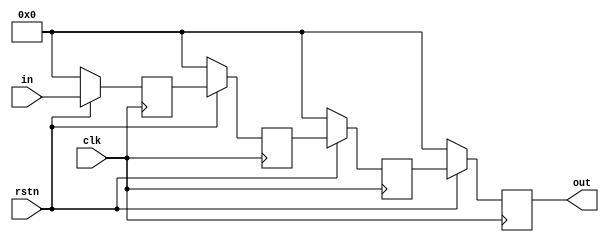
// Shift register with 4 stages
module FIFO4 (out, in, clk, rstn);
    output [24-1:0] out;
    input [24-1:0] in;
    reg [24-1:0] q0, q1, q2, q3;
    input clk, rstn;
    always@(posedge clk) begin
        if(~rstn) begin
            q0 <= 24'b0;
            q1 <= 24'b0;
            q2 <= 24'b0;
            q3 <= 24'b0;
        end
        else begin
            q0 <= in;
            q1 <= q0;
            q2 <= q1;
            q3 <= q2;
        end
    end
    assign out = q3;
endmodule